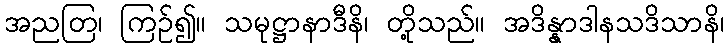
အညတြ၊ ကြဉ်၍။ သမုဋ္ဌာနာဒီနိ၊ တို့သည်။ အဒိန္နာဒါနသဒိသာနိ၊